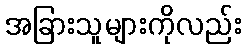
အခြားသူများကိုလည်း